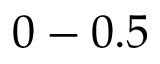
0 - 0 . 5